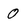
Character: 0